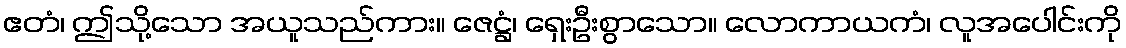
ဧတံ၊ ဤသို့သော အယူသည်ကား။ ဇေဋ္ဌံ၊ ရှေးဦးစွာသော။ လောကာယကံ၊ လူအပေါင်းကို